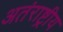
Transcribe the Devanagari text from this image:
अतंराष्ट्रीय